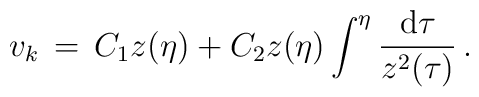
v_k \, = \, C_1z(\eta )+C_2z(\eta )\int ^{\eta }\frac{{\rm d}\tau }{z^2(\tau )}\, .